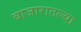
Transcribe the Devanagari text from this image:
बाजारातल्या